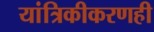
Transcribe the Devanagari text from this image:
यांत्रिकीकरणही